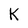
Character: K